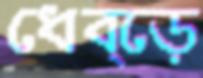
ধেব্‌ড়ে